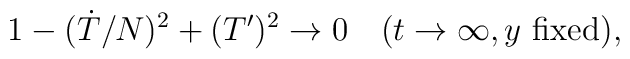
1-(\dot{T}/N)^2+(T')^2\to 0 \quad (t\to\infty, y \mbox{ fixed}),